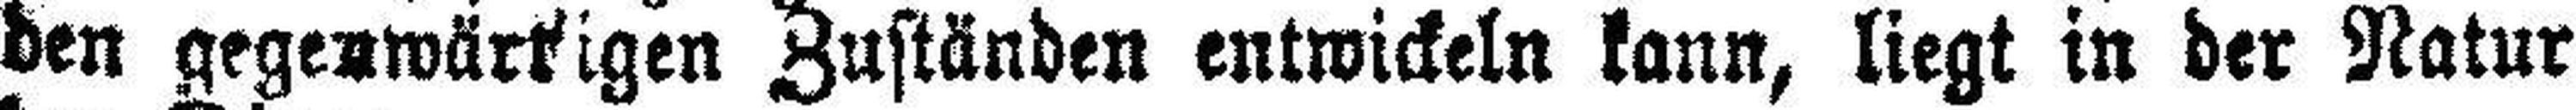
den gegenwärtigen Zuständen entwickeln kann, liegt in der Natur